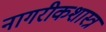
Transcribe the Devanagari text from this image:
नागरीकशास्त्र